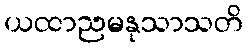
ယထာညမနုသာသတိ